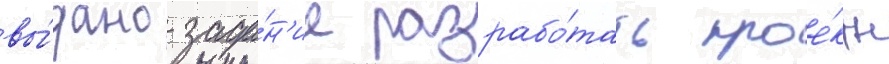
вы́дано зада́н'ие разрабо́тать прое́кты